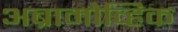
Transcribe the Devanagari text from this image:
अब्रामोव्हिक